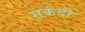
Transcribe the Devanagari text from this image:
सकंदी